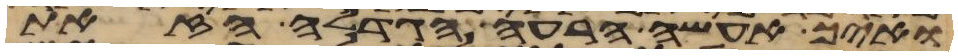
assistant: ואיך אעשה הרעה הגדלה הזאת